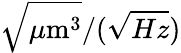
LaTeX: \sqrt{\mu\mathrm{m}^{3}}/(\sqrt{Hz})